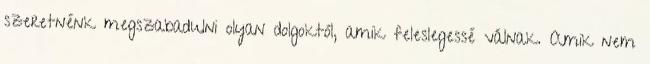
szeretnénk megszabadulni olyan dolgoktól, amik feleslegessé válnak. Amik nem